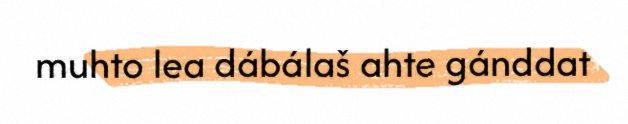
muhto lea dábálaš ahte gánddat